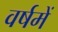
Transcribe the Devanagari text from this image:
वर्षमें